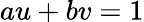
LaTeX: au+bv=1